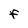
Character: F